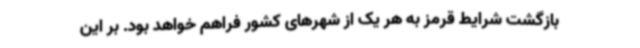
بازگشت شرایط قرمز به هر یک از شهرهای کشور فراهم خواهد بود. بر این